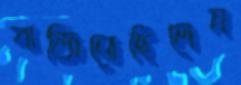
বাজিতেছিলেন